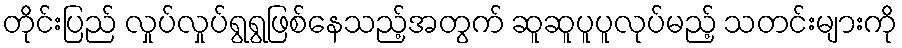
တိုင်းပြည် လှုပ်လှုပ်ရွရွဖြစ်နေသည့်အတွက် ဆူဆူပူပူလုပ်မည့် သတင်းများကို